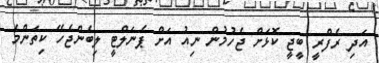
އަދި ރެފްރީ ބީޖީ ކޮޅަށް ޖެހުމުން ނިއު އަށް ޕެނަލްޓީ ލިބެންޖެހޭ ކިތަންމެ